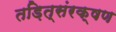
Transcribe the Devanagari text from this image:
तड़ित्संरक्षण